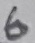
Text: 6